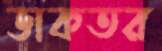
ডাকতর